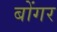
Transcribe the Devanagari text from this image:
बोंगर